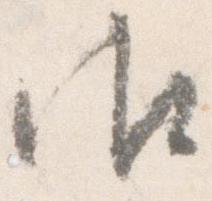
御